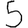
Digit: 5